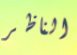
الناظر